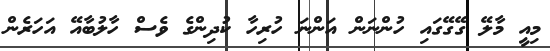
މިއީ މާލޭ ގޭގޭގައި ހުންނަން އަންނަ ހުރިހާ ކުދިންގެ ވެސް ހާލުބާއޭ އަހަރެން